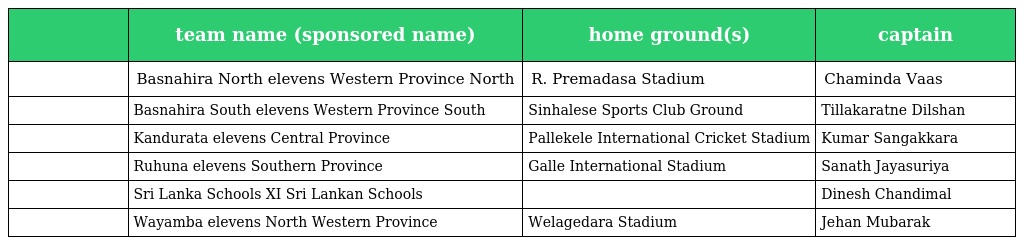
|  | team name (sponsored name) | home ground(s) | captain |
 | --- | --- | --- | --- |
 |  | Basnahira North elevens Western Province North | R. Premadasa Stadium | Chaminda Vaas |
 |  | Basnahira South elevens Western Province South | Sinhalese Sports Club Ground | Tillakaratne Dilshan |
 |  | Kandurata elevens Central Province | Pallekele International Cricket Stadium | Kumar Sangakkara |
 |  | Ruhuna elevens Southern Province | Galle International Stadium | Sanath Jayasuriya |
 |  | Sri Lanka Schools XI Sri Lankan Schools |  | Dinesh Chandimal |
 |  | Wayamba elevens North Western Province | Welagedara Stadium | Jehan Mubarak |